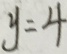
y = 4